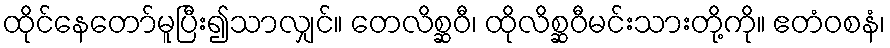
ထိုင်နေတော်မူပြီး၍သာလျှင်။ တေလိစ္ဆဝီ၊ ထိုလိစ္ဆဝီမင်းသားတို့ကို။ ဧတံဝစနံ၊